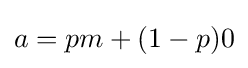
a=pm+(1-p)0